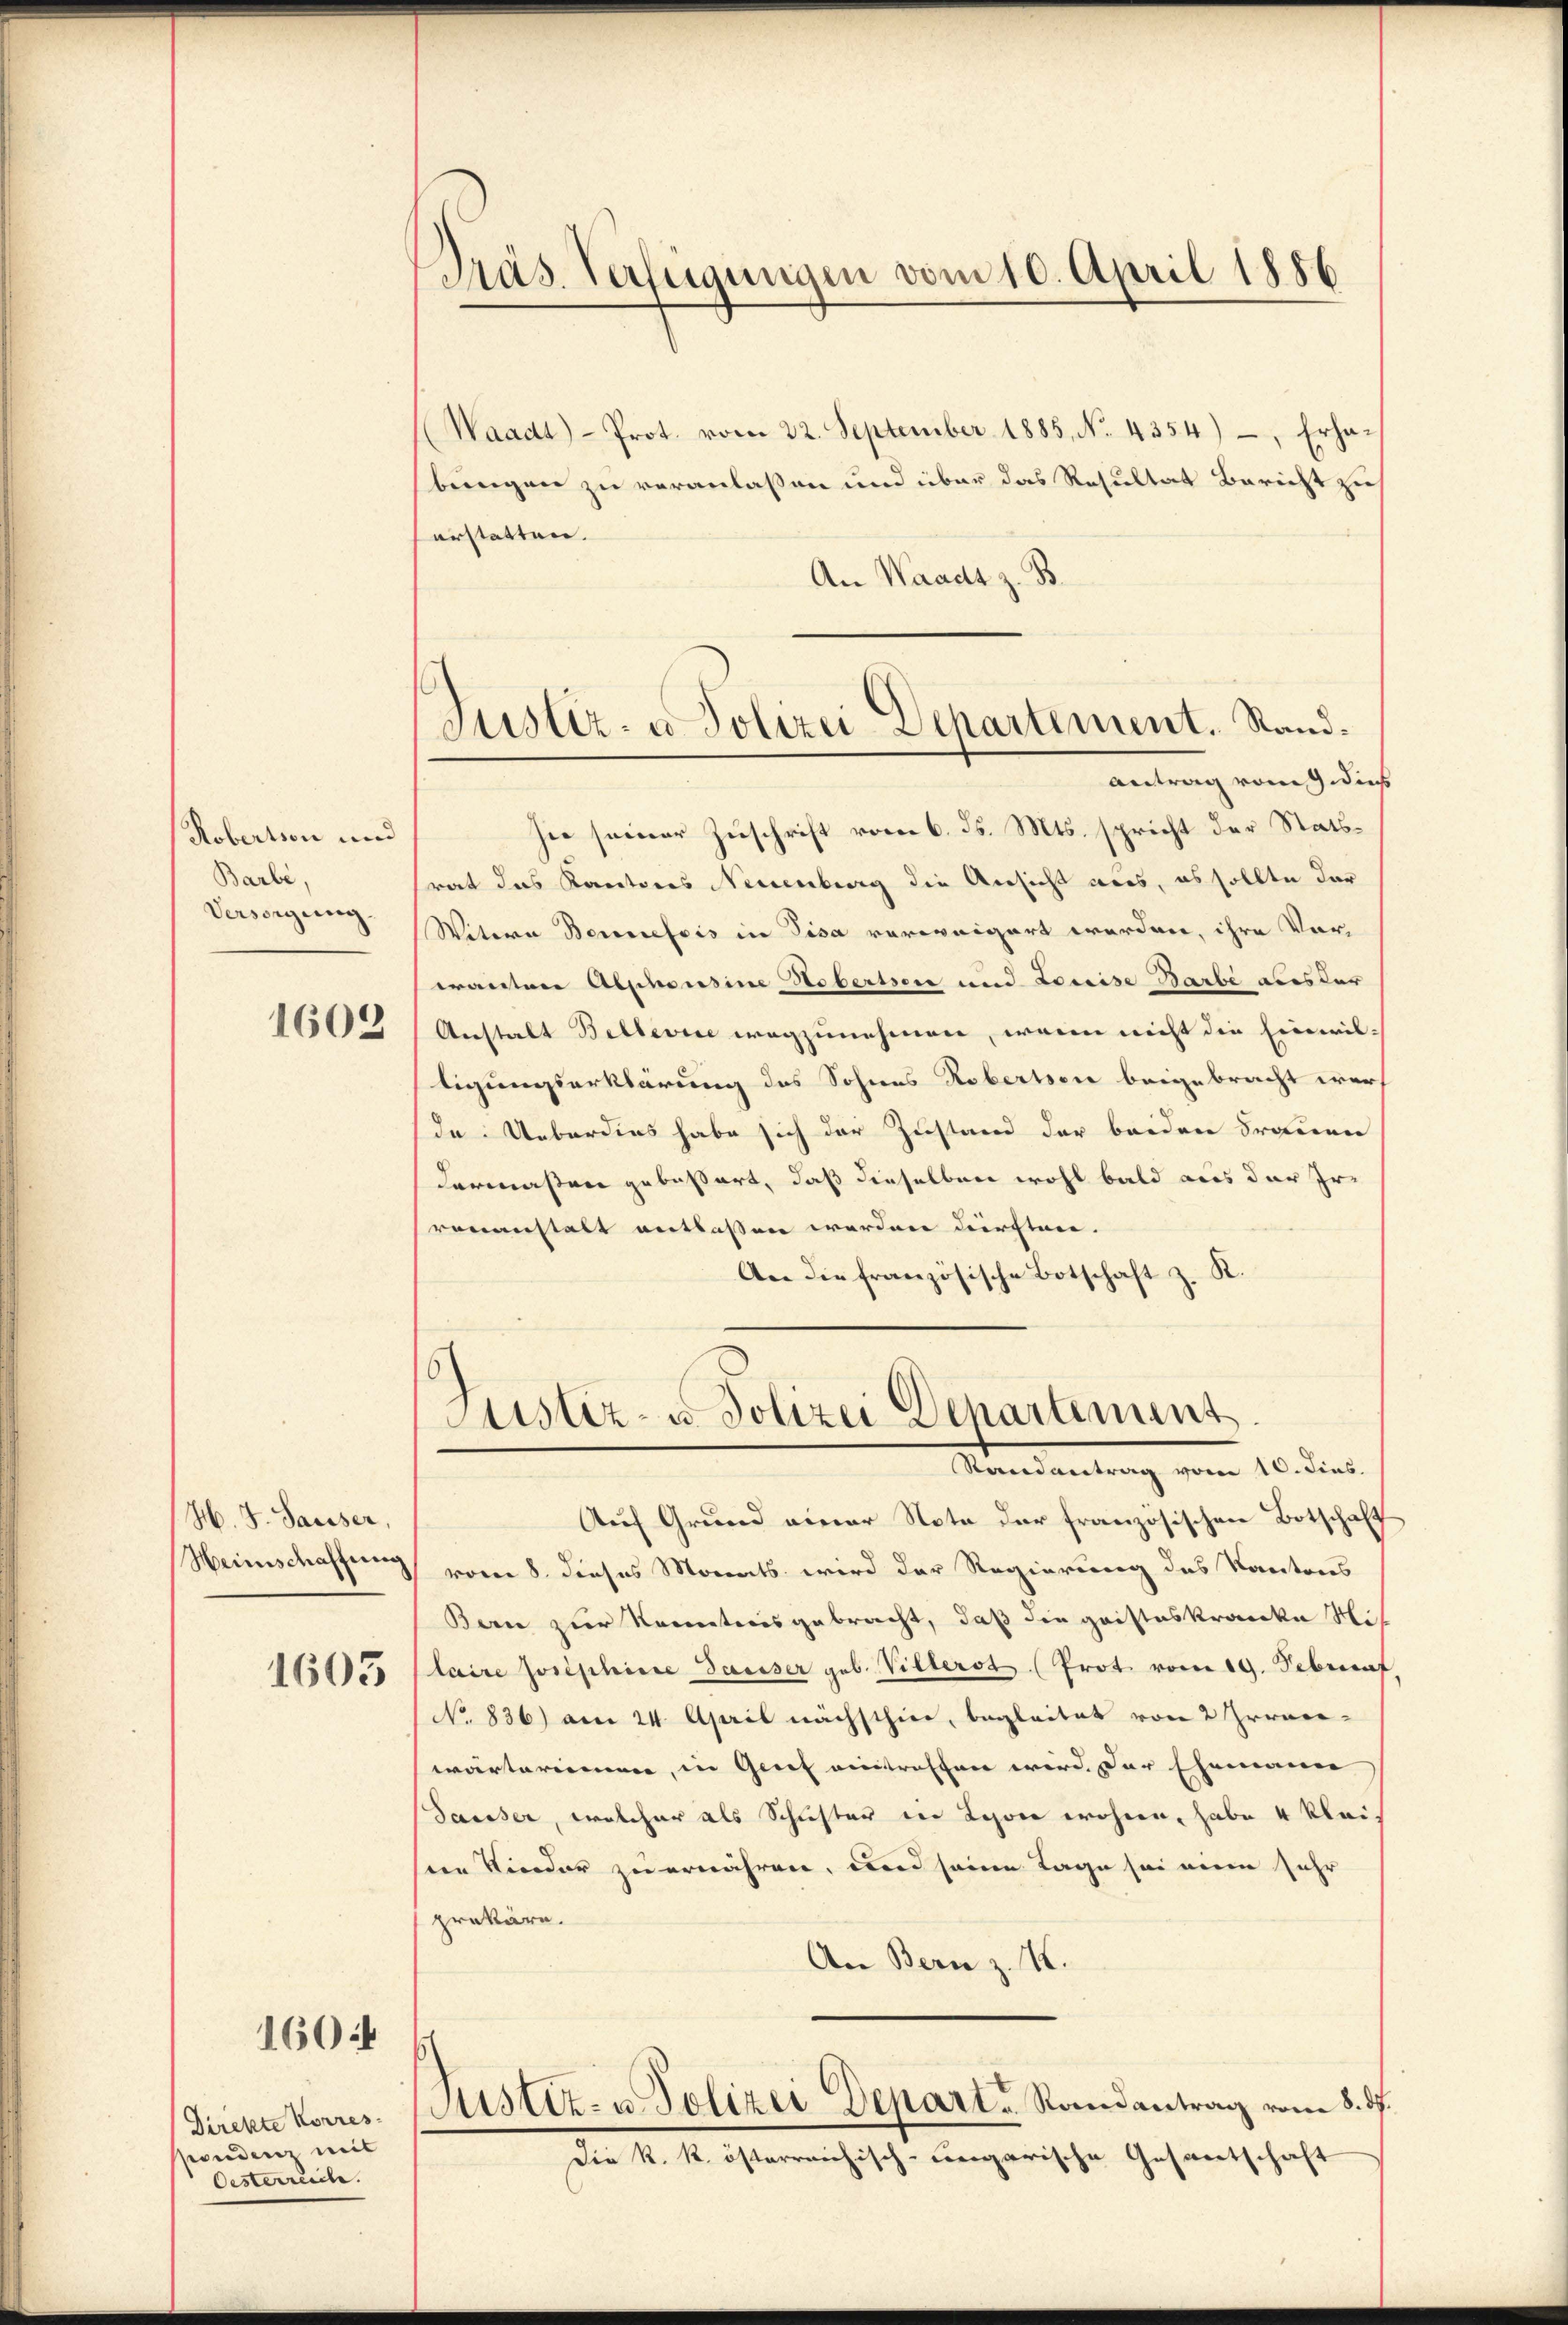
Robertion und
Barbi,
Versorgung.
1602

H. J. Sausser,
Heimschaffung

1605

1604

Direkte Korres-
sondenz mit
Oesterreich.

Präs. Verfügungen vom 10. April 1856

Justiz- u Polizei Departement. Sand¬
Antrag vom 9. dieß

Waadt) - Prot. vom 22. September 1885, No. 4354), Erhabungen zu veranlassen und über das Resultat Bericht zu
erstatten.
An Waadt z. B.
sie seiner Zuschrift vom 6. ds. Mts. spricht der Statsrat das Kantons Neuenburg die Ansicht aus, es sollte dar
Witwe Benefois in Pisa verweigert werden, ihre Vorwanten Alphousine Hobertsore und Louise Barbe aus der
Anstalt Bellerie wegzunehmen, wenn nicht die Einwil-
tigungserklärung des Sohnes Roberssen beigebracht werd
de Ueberdies habe sich der Zustand der beiden Trauen
dermaßen geboßart, daß dieselben wohl bald aus der Irvenanstalt entlaßen werden dürften.
An die französische Botschaft z. R.

Justiz- u. Polizei Departement
Mandantung vom 10. dies

Auf Grund einer Note der französischen Botschaft
vom 8. dieses Monats wird der Regierung des Kantons
Bern zur Kenntnis gebracht, daß die gaisteskranke Mit
laire Josephine Sausser geb. Villerst (Prot vom 19. Februf,
No 836) am 24. April nächsthier, begleitet von 2 Ironce-
warteriemen, in Grief eintreffen wird. Der Ehemann
Sausser, welcher als Schuster in Lyone wohnen, habe 4 Klais
sien Kinder zu ernähren, und seine Tage sei mein sehr
prekäre.
An Bern z. K.
s
Justiz- u Polizei Depart - Randantrag vom 8. ds.
Die k. k. österreichisch-ungarische Gesantschaft